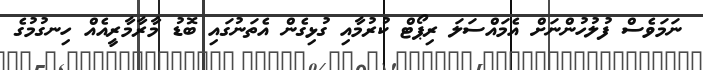
ނަމަވެސް ފުލުހުންނަށް އެމައްސަލަ ރިޕޯޓް ކުރުމާއި ގުޅިގެން އެތަނުގައި ބޮޑު މާރާމާރީއެއް ހިނގުމުގެ